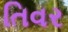
તિવર